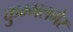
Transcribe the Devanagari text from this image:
कुम्भलमेर